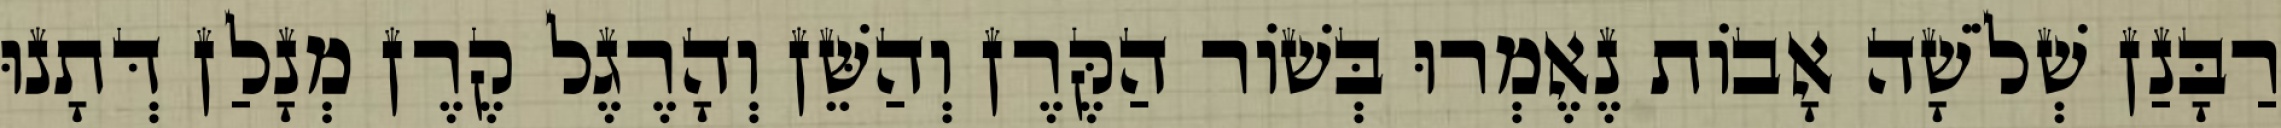
רַבָּנַן שְׁלֹשָׁה אָבוֹת נֶאֶמְרוּ בְּשׁוֹר הַקֶּרֶן וְהַשֵּׁן וְהָרֶגֶל קֶרֶן מְנָלַן דְּתָנוּ